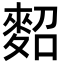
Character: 𪌕